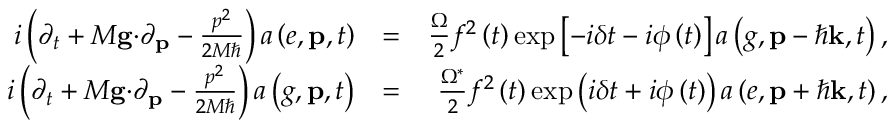
\begin{array} { r l r } { i \left( \partial _ { t } + M \mathbf { g \cdot } \partial _ { \mathbf { p } } - \frac { p ^ { 2 } } { 2 M \hbar } \right) a \left( e , \mathbf { p } , t \right) } & { = } & { \frac { \Omega } { 2 } f ^ { 2 } \left( t \right) \exp \left[ - i \delta t - i \phi \left( t \right) \right] a \left( g , \mathbf { p } - \hbar \mathbf { k } , t \right) , } \\ { i \left( \partial _ { t } + M \mathbf { g \cdot } \partial _ { \mathbf { p } } - \frac { p ^ { 2 } } { 2 M \hbar } \right) a \left( g , \mathbf { p } , t \right) } & { = } & { \frac { \Omega ^ { \ast } } { 2 } f ^ { 2 } \left( t \right) \exp \left( i \delta t + i \phi \left( t \right) \right) a \left( e , \mathbf { p } + \hbar \mathbf { k } , t \right) , } \end{array}